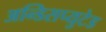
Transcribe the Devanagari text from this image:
अन्डिसप्युटेड